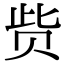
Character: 赀